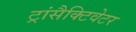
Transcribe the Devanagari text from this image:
ट्रांसैक्टिवेटर